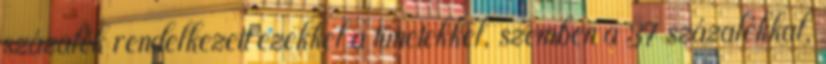
százalék rendelkezett ezekkel a tünetekkel, szemben a 37 százalékkal,